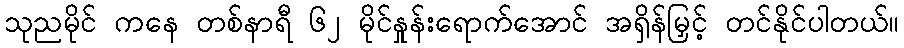
သုညမိုင် ကနေ တစ်နာရီ ၆၂ မိုင်နှုန်းရောက်အောင် အရှိန်မြှင့် တင်နိုင်ပါတယ်။